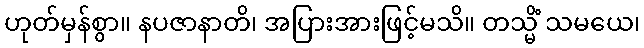
ဟုတ်မှန်စွာ။ နပဇာနာတိ၊ အပြားအားဖြင့်မသိ။ တသ္မိံ သမယေ၊